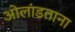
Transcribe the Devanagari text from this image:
ओलांडताना